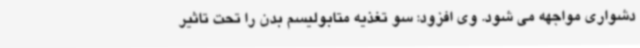
دشواری مواجهه می شود. وی افزود: سو تغذیه متابولیسم بدن را تحت تاثیر